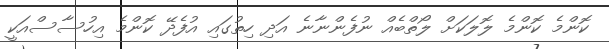
ކޮންމެ ކޮންމެ ލޮލަކަށް ލޯތްބެއް ނުފެންނާނެ އަދި ހިތުގައި އުފެދޭ ކޮންމެ އިހުސާސްއަކީ